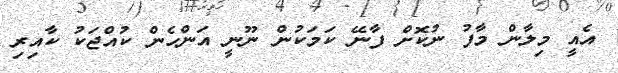
އެއީ މިލާން މާފު ނުކޮށް ފާނޭ ކަމަކުން ނޫނީ އަންހެން ކުއްޖަކު ކާއިރި